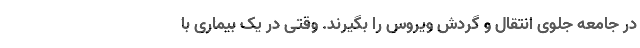
در جامعه جلوی انتقال و گردش ویروس را بگیرند. وقتی در یک بیماری با